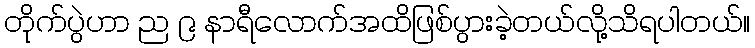
တိုက်ပွဲဟာ ည ၉ နာရီလောက်အထိဖြစ်ပွားခဲ့တယ်လို့သိရပါတယ်။